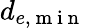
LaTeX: d_{e,\mathrm{~m~i~n~}}